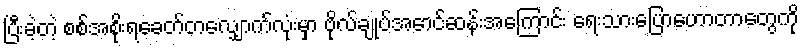
ပြီးခဲ့တဲ့ စစ်အစိုးရခေတ်တလျှောက်လုံးမှာ ဗိုလ်ချုပ်အောင်ဆန်းအကြောင်း ရေးသားပြောဟောတာတွေကို